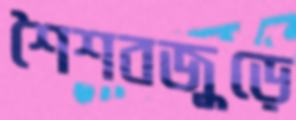
শৈশবজুড়ে